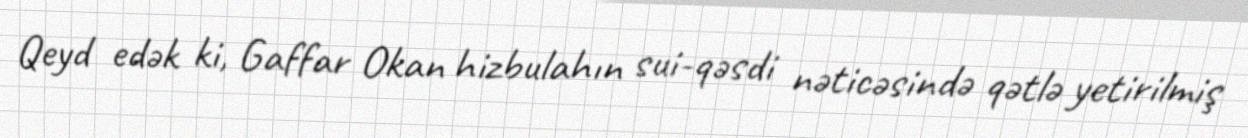
Qeyd edək ki, Gaffar Okan hizbulahın sui-qəsdi nəticəsində qətlə yetirilmiş